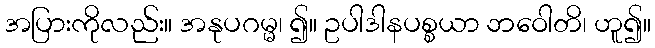
အပြားကိုလည်း။ အနုပဂမ္မ၊ ၍။ ဥပါဒါနပစ္စယာ ဘဝေါတိ၊ ဟူ၍။